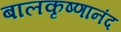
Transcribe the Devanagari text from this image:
बालकृष्णानंद